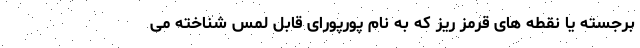
برجسته یا نقطه های قرمز ریز که به نام پورپورای قابل لمس شناخته می